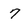
Character: 7